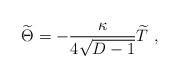
LaTeX: \begin{align*}{\widetilde\Theta}=-{\kappa\over {4\sqrt{D-1}}}{\widetilde T}~,\end{align*}